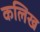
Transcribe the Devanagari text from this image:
कलिख